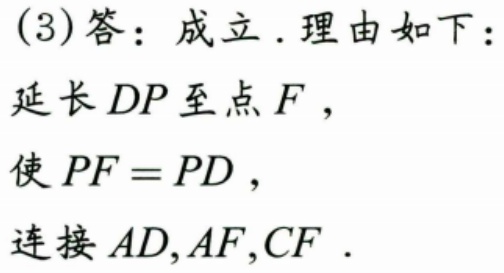
(3)答：成立.理由如下：
延长\(DP\)至点\(F\)，
使\(PF = PD\)，
连接\(AD,AF,CF\).